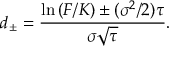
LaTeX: d _ { \pm } = { \frac { \ln \left( F / K \right) \pm ( \sigma ^ { 2 } / 2 ) \tau } { \sigma { \sqrt { \tau } } } } .